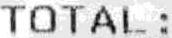
TOTAL :